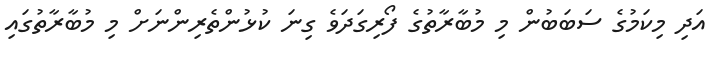
އަދި މިކަމުގެ ސަބަބުން މި މުބާރާތުގެ ފޯރިގަދަވެ ގިނަ ކުޅުންތެރިންނަށް މި މުބާރާތުގައި